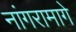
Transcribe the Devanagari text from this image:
नांगरामागे